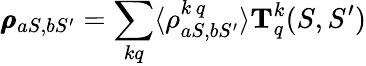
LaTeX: \pmb{\rho}_{aS,bS^{\prime}}=\sum_{kq}\langle\rho_{aS,bS^{\prime}}^{k\, q}\rangle\mathbf{T}_{q}^{k}(S,S^{\prime})